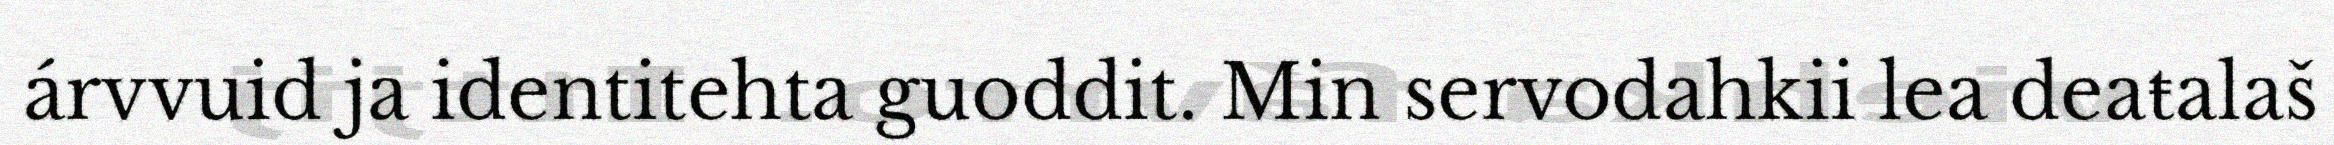
árvvuid ja identitehta guoddit. Min servodahkii lea deaŧalaš